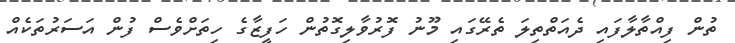
ތުން ފިއްތާލާފައި ދެއަތްތިލަ ތެރޭގައި މޫނު ފޮރުވާލިގޮތުން ހަފީޒާގެ ހިތަށްވެސް ފުން އަސަރުތަކެއް